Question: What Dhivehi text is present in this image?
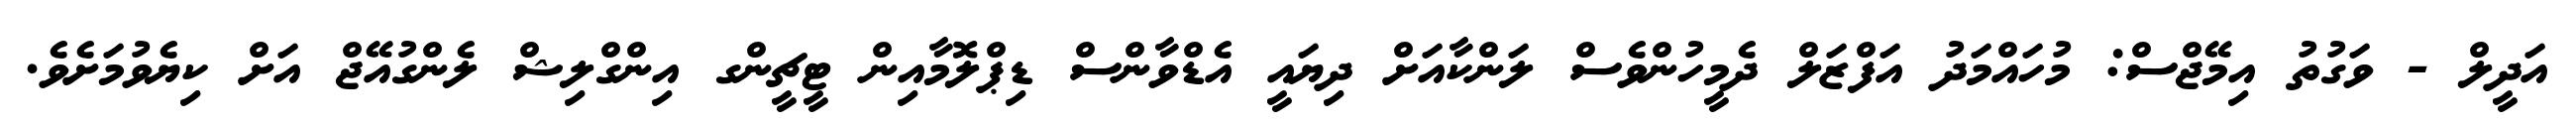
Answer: އަދީލް - ވަގުތު އިމޭޖްސް: މުހައްމަދު އަފްޒަލް ދެމީހުންވެސް ލަންކާއަށް ދިޔައީ އެޑްވާންސް ޑިޕްލޮމާއިން ޓީޗީންގ އިންގްލިޝް ލެންގުއޭޖް އަށް ކިޔެވުމަށެވެ.